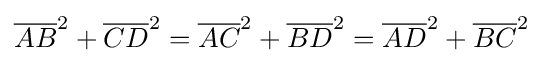
{\overline {AB}}^{2}+{\overline {CD}}^{2}={\overline {AC}}^{2}+{\overline {BD}}^{2}={\overline {AD}}^{2}+{\overline {BC}}^{2}